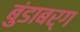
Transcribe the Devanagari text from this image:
बुंडाबर्ग